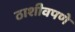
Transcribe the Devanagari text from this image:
ठाशीवपणे